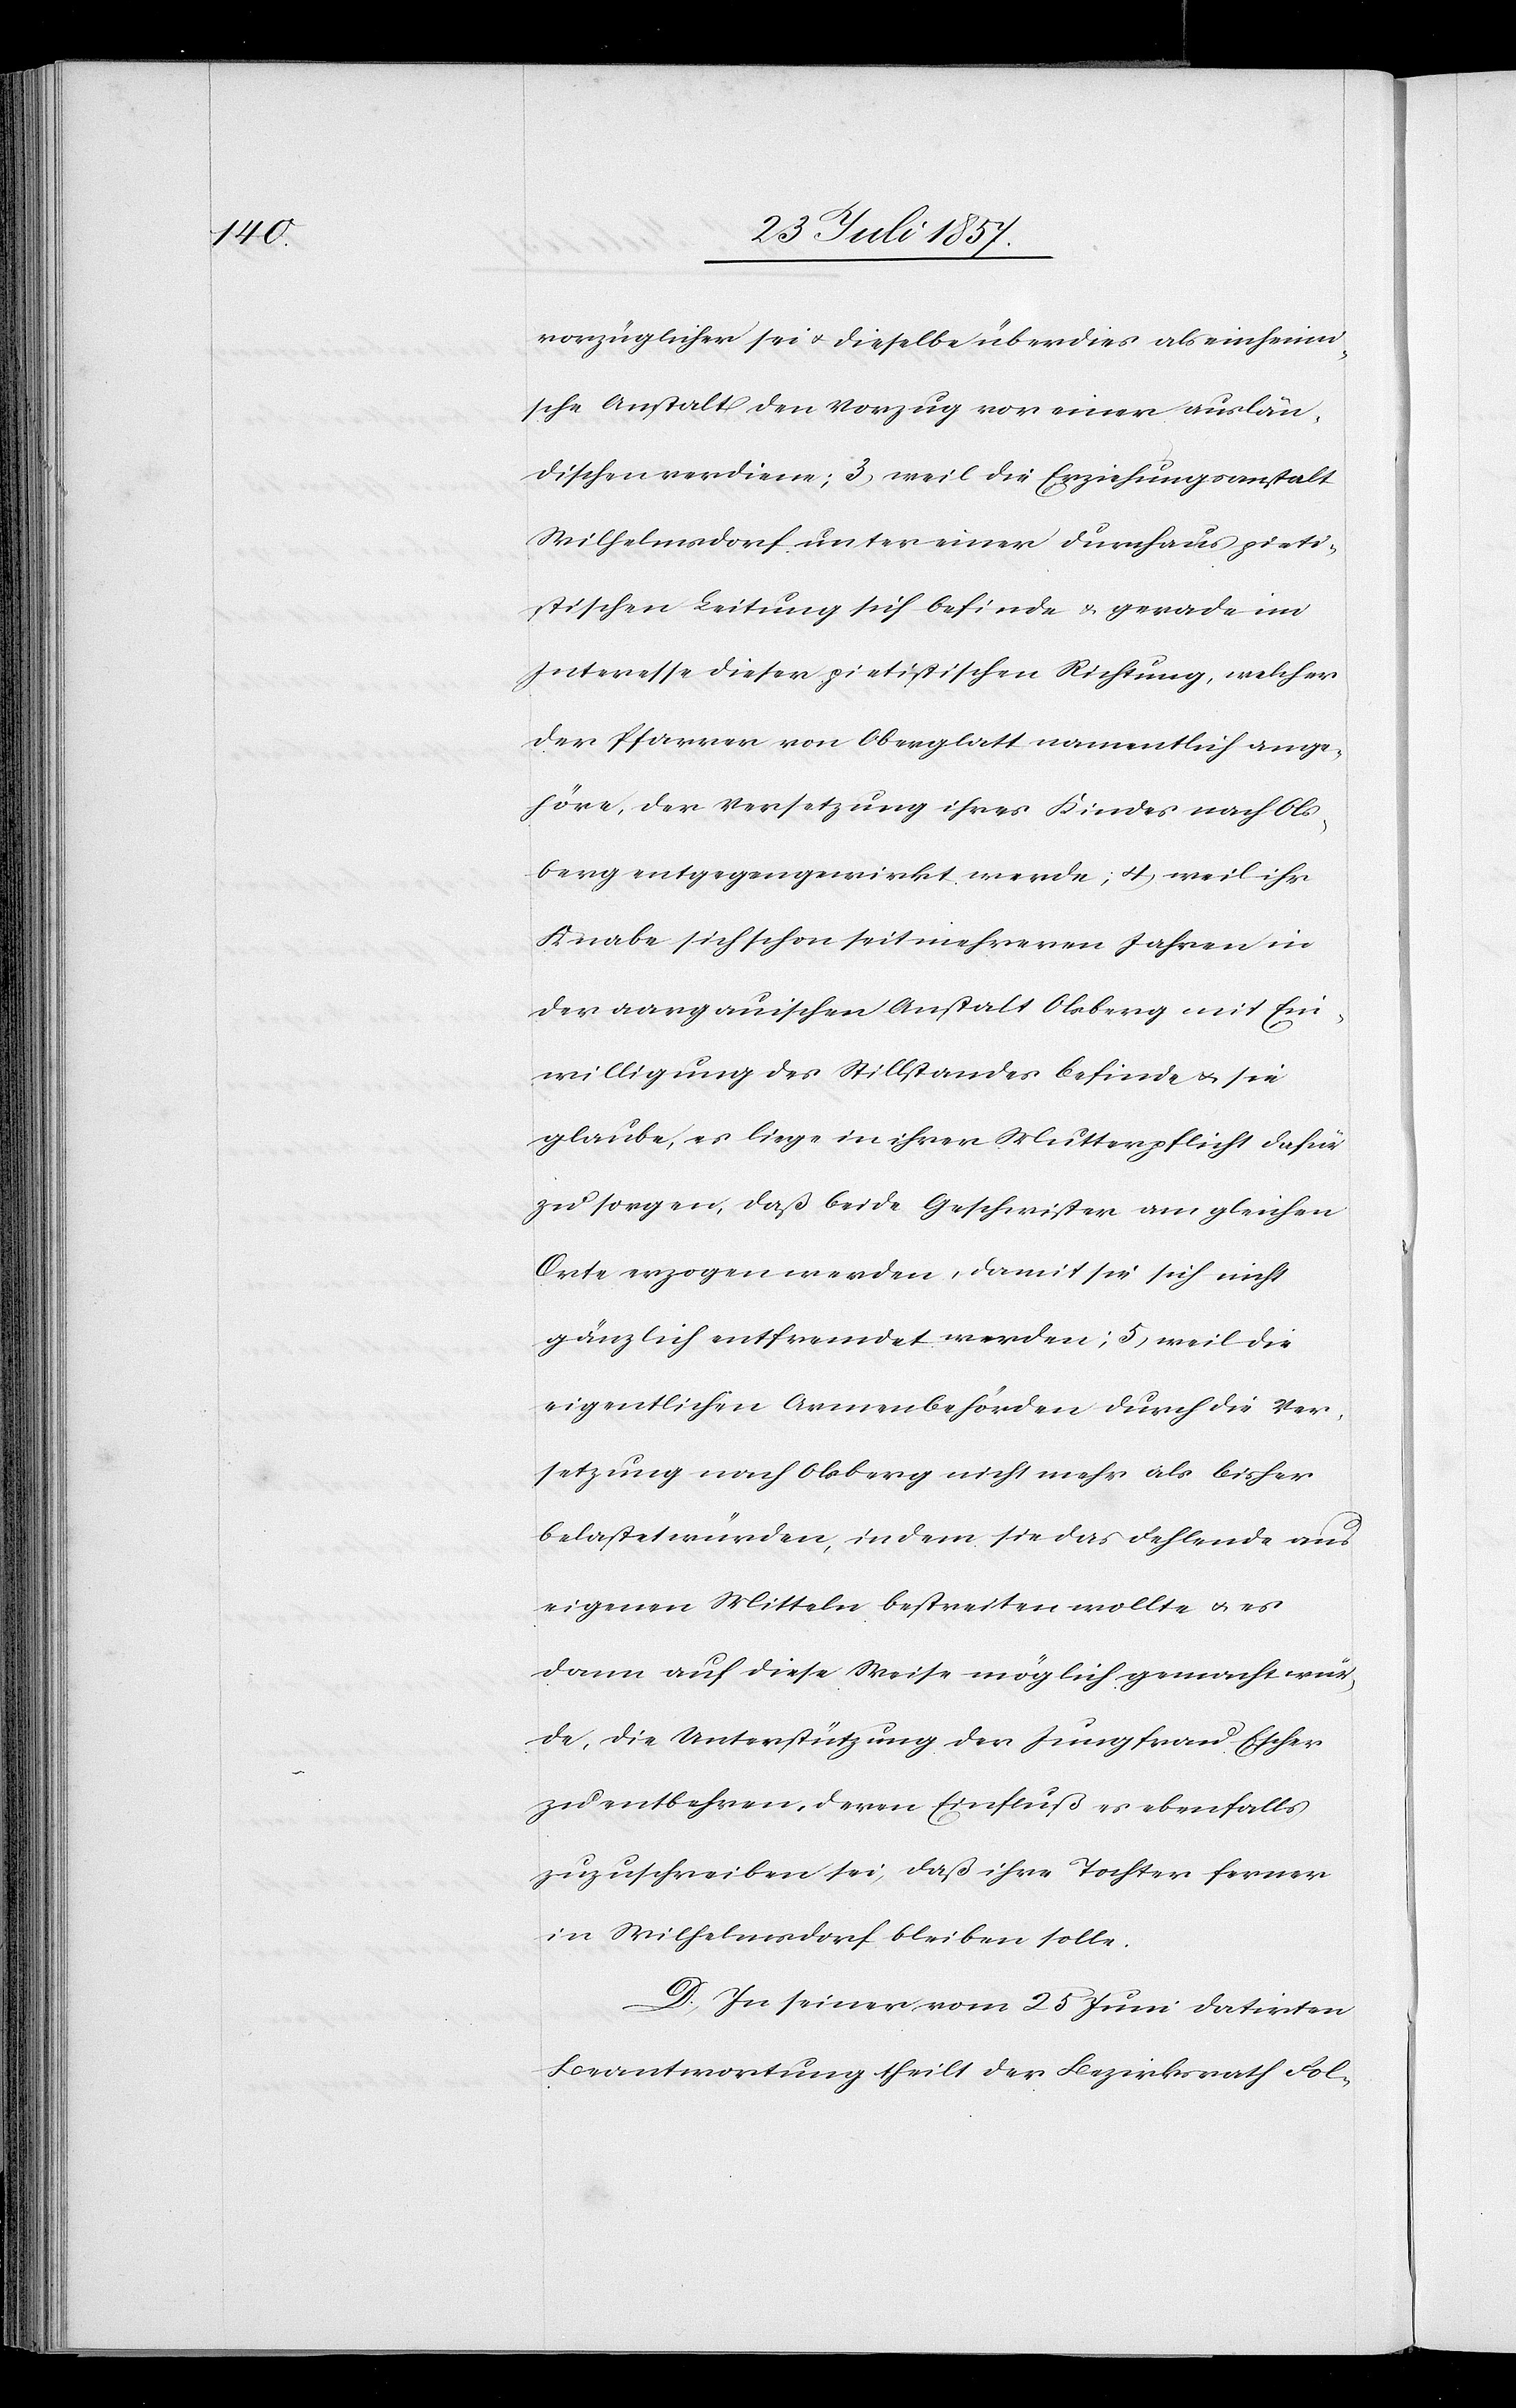
vorzüglicher sei & dieselbe überdies als einheimi¬
sche Anstalt den Vorzug vor einer auslän¬
dischen verdiene; 3) weil die Erziehungsanstalt
Wilhelmsdorf unter einer durchaus pieti¬
stischen Leitung sich befinde & gerade im
Interesse dieser pietistischen Richtung, welcher
der Pfarrer von Oberglatt namentlich ange¬
höre, der Versetzung ihres Kindes nach Ols¬
berg entgegengewirkt werde; 4) weil ihr
Knabe sich schon seit mehreren Jahren in
der aargauischen Anstalt Olsberg mit Ein¬
willigung des Stillstandes befinde & sie
glaube, es liege in ihrer Mutterpflicht dafür
zu sorgen, daß beide Geschwister am gleichen
Orte erzogen werden, damit sie sich nicht
gänzlich entfremdet werden; 5) weil die
eigentlichen Armenbehörden durch die Ver¬
setzung nach Olsberg nicht mehr als bisher
belastet würden, indem sie das Fehlende aus
eigenen Mitteln bestreiten wollte & es
dann auf diese Weise möglich gemacht wür¬
de, die Unterstützung der Jungfrau Escher
zu entbehren, deren Einfluß es ebenfalls
zuzuschreiben sei, daß ihre Tochter ferner
in Wilhelmsdorf bleiben solle.
D. In seiner vom 28 Juni datirten
Beantwortung theilt der Bezirksrathe fol-